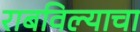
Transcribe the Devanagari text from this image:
राबविल्याचा